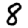
Digit: 8